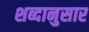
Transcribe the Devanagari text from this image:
शब्दानुसार